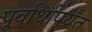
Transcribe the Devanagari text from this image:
पूर्वार्धापर्यंत